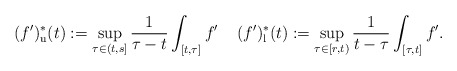
\begin{align*}(f')_{\mathrm{u}}^{*}(t):=\sup_{\tau \in (t,s]}\frac{1}{\tau-t}\int_{[t,\tau]}f'\;\;\;\;(f')_{\mathrm{l}}^{*}(t):=\sup_{\tau \in [r,t)}\frac{1}{t-\tau}\int_{[\tau,t]}f'. \end{align*}